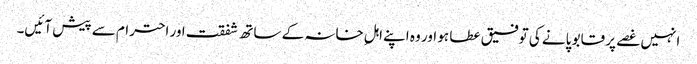
انہیں غصے پر قابو پانے کی توفیق عطا ہو اور وہ اپنے اہلِ خانہ کے ساتھ شفقت اور احترام سے پیش آئیں۔